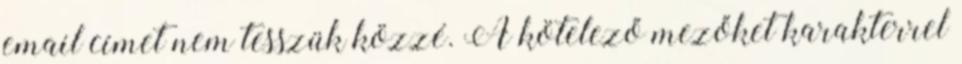
email címet nem tesszük közzé. A kötelező mezőket karakterrel